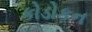
કોડોકન